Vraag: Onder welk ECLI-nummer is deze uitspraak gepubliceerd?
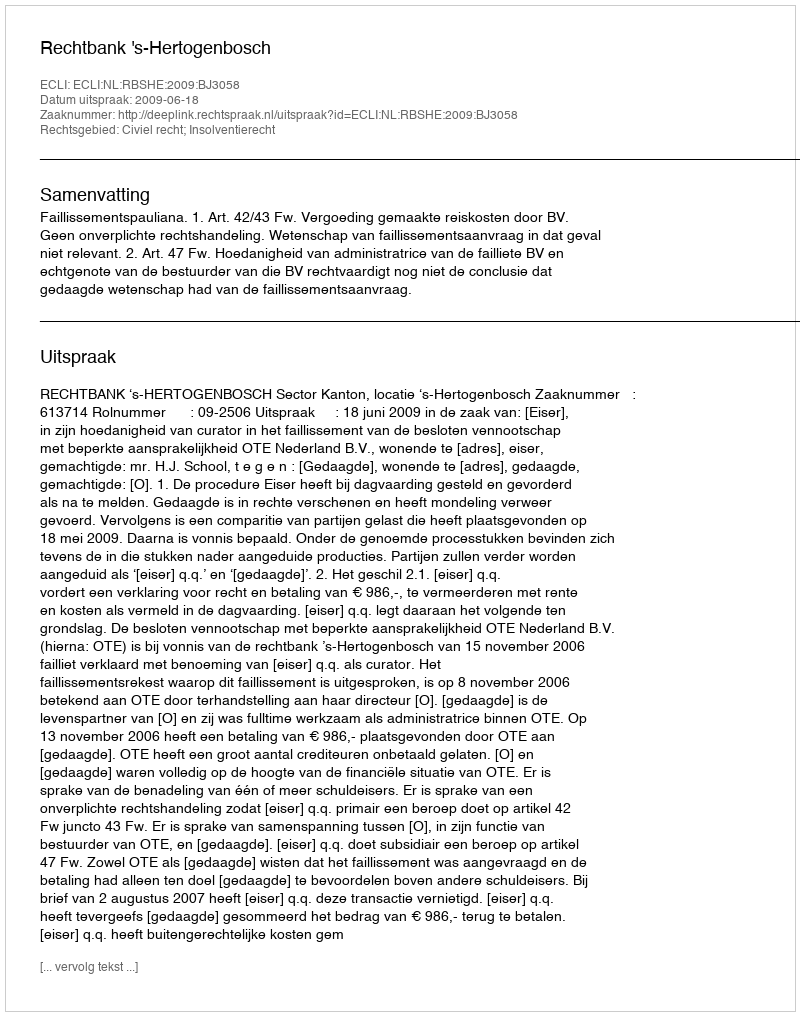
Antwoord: ECLI:NL:RBSHE:2009:BJ3058